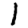
Digit: 1